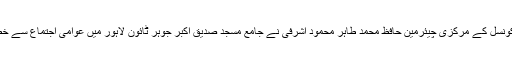
یہ بات پاکستان علماء کونسل کے مرکزی چیئرمین حافظ محمد طاہر محمود اشرفی نے جامع مسجد صدیق اکبر جوہر ٹائون لاہور میں عوامی اجتماع سے خطاب کرتے ہوئے کہی۔